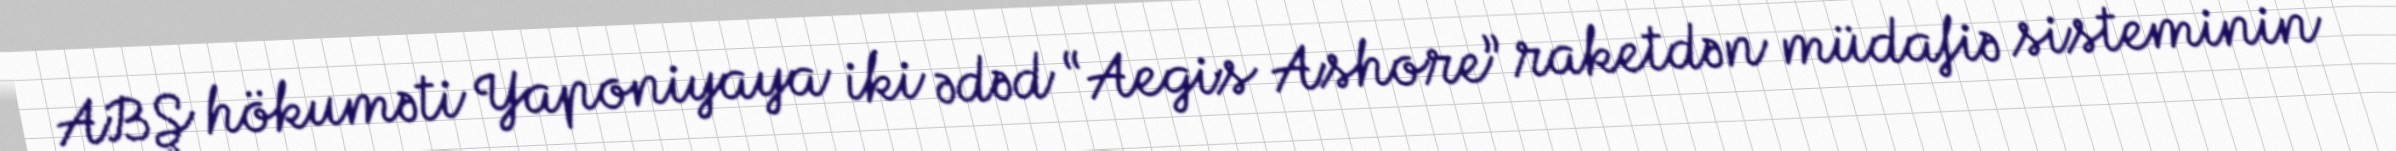
ABŞ hökuməti Yaponiyaya iki ədəd “Aegis Ashore” raketdən müdafiə sisteminin